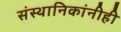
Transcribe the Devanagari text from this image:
संस्थानिकांनीही